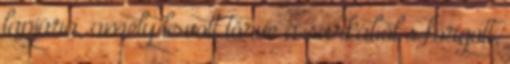
lapjára, amely le volt törve a sarkából s forgott,